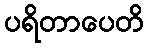
ပရိတာပေတိ